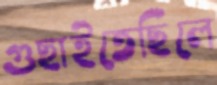
গুছাইতেছিলে